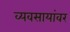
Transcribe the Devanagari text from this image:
व्यवसायांवर